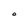
Character: O